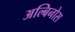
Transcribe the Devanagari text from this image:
अल्बिनोस